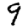
Digit: 9